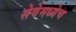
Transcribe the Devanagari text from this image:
सेवेमध्येच